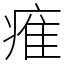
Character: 痽